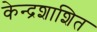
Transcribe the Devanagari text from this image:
केन्द्रशाशित